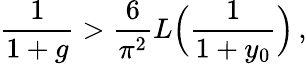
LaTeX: \frac{1}{1+g}>\frac{6}{\pi^{2}}L\Bigl(\frac{1}{1+y_{0}}\Bigr)\, ,